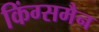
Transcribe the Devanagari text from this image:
किंग्समैन